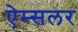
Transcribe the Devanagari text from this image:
ऐम्सलर